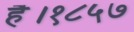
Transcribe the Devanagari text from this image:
है।१८५७